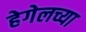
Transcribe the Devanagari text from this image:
हेगेलच्या